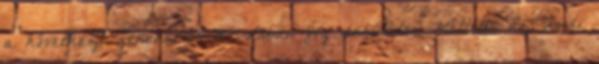
a következő generációs A8-asban fog debütálni. Mellette az Audi